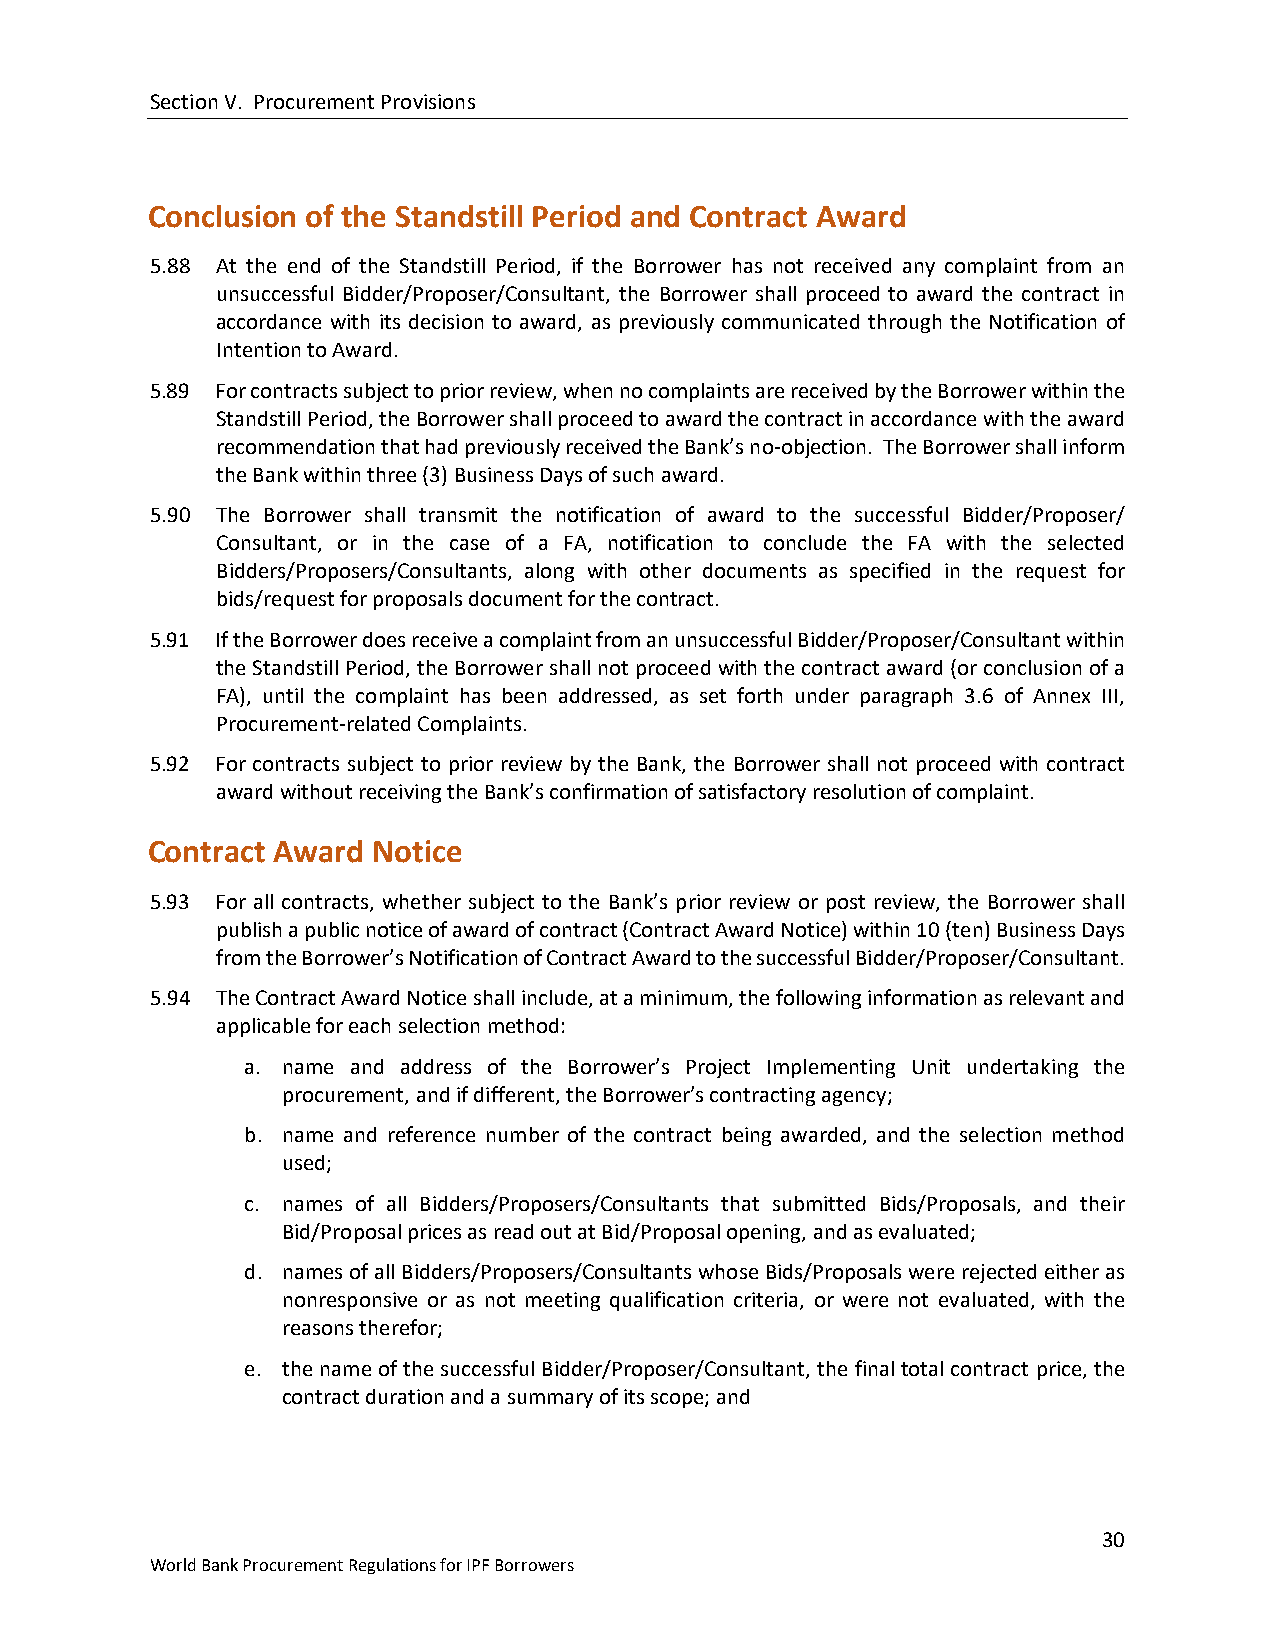
Section V. Procurement Provisions
 Conclusion of the Standstill Period and Contract Award
 5.88 At the end of the Standstill Period, if the Borrower has not received any complaint from an
 unsuccessful Bidder/Proposer/Consultant, the Borrower shall proceed to award the contract in
 accordance with its decision to award, as previously communicated through the Notification of
 Intention to Award.
 5.89 For contracts subject to prior review, when no complaints are received by the Borrower within the
 Standstill Period, the Borrower shall proceed to award the contract in accordance with the award
 recommendation that had previously received the Bank’s no-objection. The Borrower shall inform
 the Bank within three (3) Business Days of such award.
 5.90 The Borrower shall transmit the notification of award to the successful Bidder/Proposer/
 Consultant, or in the case of a FA, notification to conclude the FA with the selected
 Bidders/Proposers/Consultants, along with other documents as specified in the request for
 bids/request for proposals document for the contract.
 5.91 If the Borrower does receive a complaint from an unsuccessful Bidder/Proposer/Consultant within
 the Standstill Period, the Borrower shall not proceed with the contract award (or conclusion of a
 FA), until the complaint has been addressed, as set forth under paragraph 3.6 of Annex III,
 Procurement-related Complaints.
 5.92 For contracts subject to prior review by the Bank, the Borrower shall not proceed with contract
 award without receiving the Bank’s confirmation of satisfactory resolution of complaint.
 Contract Award Notice
 5.93 For all contracts, whether subject to the Bank’s prior review or post review, the Borrower shall
 publish a public notice of award of contract (Contract Award Notice) within 10 (ten) Business Days
 from the Borrower’s Notification of Contract Award to the successful Bidder/Proposer/Consultant.
 5.94 The Contract Award Notice shall include, at a minimum, the following information as relevant and
 applicable for each selection method:
 a. name and address of the Borrower’s Project Implementing Unit undertaking the
 procurement, and if different, the Borrower’s contracting agency;
 b. name and reference number of the contract being awarded, and the selection method
 used;
 c. names of all Bidders/Proposers/Consultants that submitted Bids/Proposals, and their
 Bid/Proposal prices as read out at Bid/Proposal opening, and as evaluated;
 d. names of all Bidders/Proposers/Consultants whose Bids/Proposals were rejected either as
 nonresponsive or as not meeting qualification criteria, or were not evaluated, with the
 reasons therefor;
 e. the name of the successful Bidder/Proposer/Consultant, the final total contract price, the
 contract duration and a summary of its scope; and
 30
 World Bank Procurement Regulations for IPF Borrowers